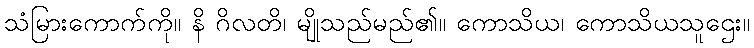
သံမြားကောက်ကို။ နိ ဂိလတိ၊ မျိုသည်မည်၏။ ကောသိယ၊ ကောသိယသူဌေး။